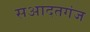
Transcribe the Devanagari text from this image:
सआदतगंज